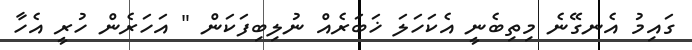
ގައިމު އެނގޭނެ މިތިބެނީ އެކަހަލަ ޚަބަރެއް ނުލިބިފަކަން " އަހަރެން ހުރީ އެހާ